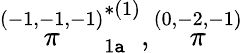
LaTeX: \stackrel{(-1,-1,-1)}{\pi}_{1\mathtt{a}}^{*(1)},\stackrel{(0,-2,-1)}{\pi}